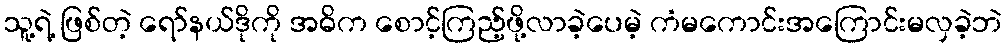
သူ့ရဲ့ ဖြစ်တဲ့ ရော်နယ်ဒိုကို အဓိက စောင့်ကြည့်ဖို့လာခဲ့ပေမဲ့ ကံမကောင်းအကြောင်းမလှခဲ့ဘဲ